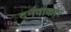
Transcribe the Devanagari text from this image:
दनवाकार